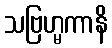
သဗြဟ္မကာနိ